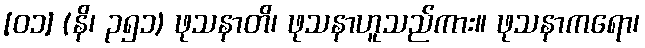
[၀၁] (နိ၊ ၃၅၁) ဖုသနာတိ၊ ဖုသနာဟူသည်ကား။ ဖုသနာကရော၊